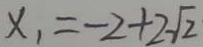
x _ { 1 } = - 2 + 2 \sqrt { 2 }